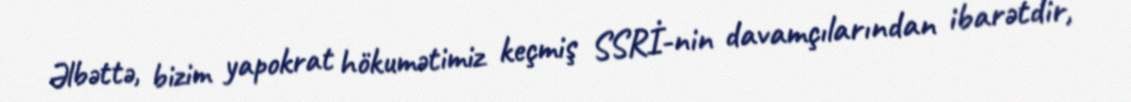
Əlbəttə, bizim yapokrat hökumətimiz keçmiş SSRİ-nin davamçılarından ibarətdir,